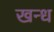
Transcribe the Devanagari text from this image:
खन्ध